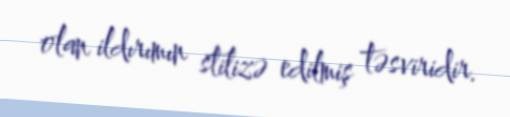
olan ildırımın stilizə edilmiş təsviridir.